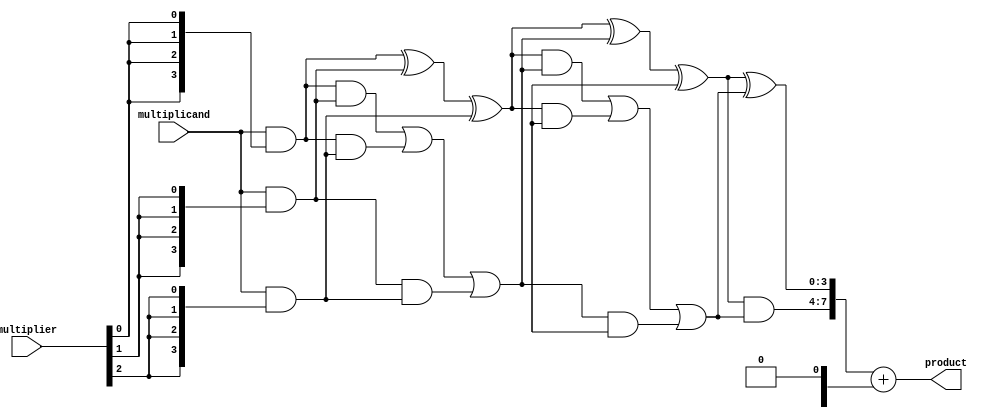
module wallace_tree_multiplier #(parameter N = 4) (
    input [N-1:0] multiplicand,
    input [N-1:0] multiplier,
    output reg [2*N-1:0] product
);

// Partial product generation
wire [N-1:0] partial_products[N-1:0];

genvar i;
generate
    for (i = 0; i < N; i = i + 1) begin : pp_gen
        assign partial_products[i] = multiplicand & {N{multiplier[i]}};
    end
endgenerate

// Carry-save adder (CSA) structure
wire [N-1:0] sum [N-1:0];
wire [N-1:0] carry [N-1:0];

// First level of CSA
genvar j;
generate
    for (j = 0; j < N; j = j + 1) begin : csa_level1
        if (j % 3 == 0) begin
            assign sum[j] = partial_products[j] ^ partial_products[j+1] ^ partial_products[j+2];
            assign carry[j] = (partial_products[j] & partial_products[j+1]) | 
                              (partial_products[j] & partial_products[j+2]) | 
                              (partial_products[j+1] & partial_products[j+2]);
        end
    end
endgenerate

// Second level of CSA
wire [N-1:0] sum2 [N-1:0];
wire [N-1:0] carry2 [N-1:0];

generate
    for (j = 0; j < (N+2)/3; j = j + 1) begin : csa_level2
        if (j % 2 == 0) begin
            assign sum2[j] = sum[j] ^ carry[j] ^ sum[j+1];
            assign carry2[j] = (sum[j] & carry[j]) | 
                               (sum[j] & sum[j+1]) | 
                               (carry[j] & sum[j+1]);
        end
    end
endgenerate

// Final addition
wire [N-1:0] final_sum;
wire [N-1:0] final_carry;

assign final_sum = sum2[0] ^ carry2[0];
assign final_carry = (sum2[0] & carry2[0]);

// Final product calculation
always @(*) begin
    product = {final_carry, final_sum} + {1'b0, carry2[1], 1'b0}; // Adjust for carry
end

endmodule